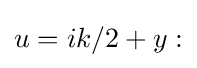
u=ik/2+y: